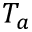
T _ { a }